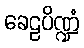
ခေဠပိဏ္ဍံ